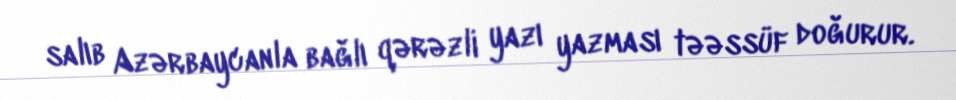
salıb Azərbaycanla bağlı qərəzli yazı yazması təəssüf doğurur.